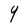
Character: 9